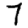
Digit: 7